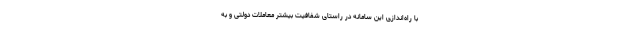
با راه‌اندازی این سامانه در راستای شفافیت بیشتر معاملات دولتی و به